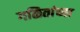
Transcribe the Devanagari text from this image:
गळितांच्या